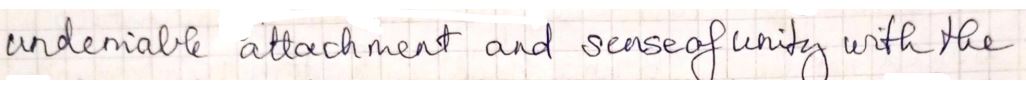
underable attachment and senseof unity with the